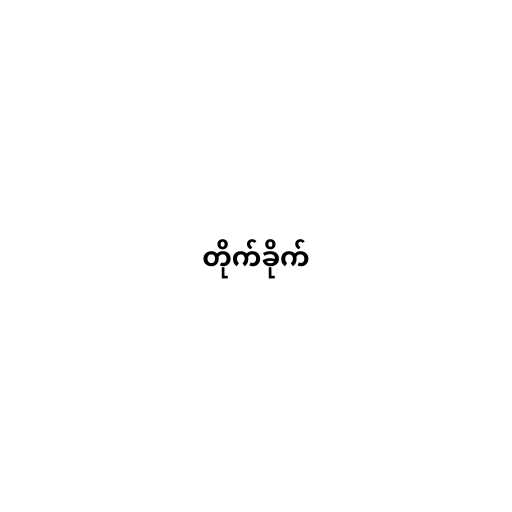
တိုက်ခိုက်